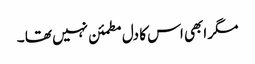
مگر ابھی اس کا دل مطمئن نہیں تھا ۔